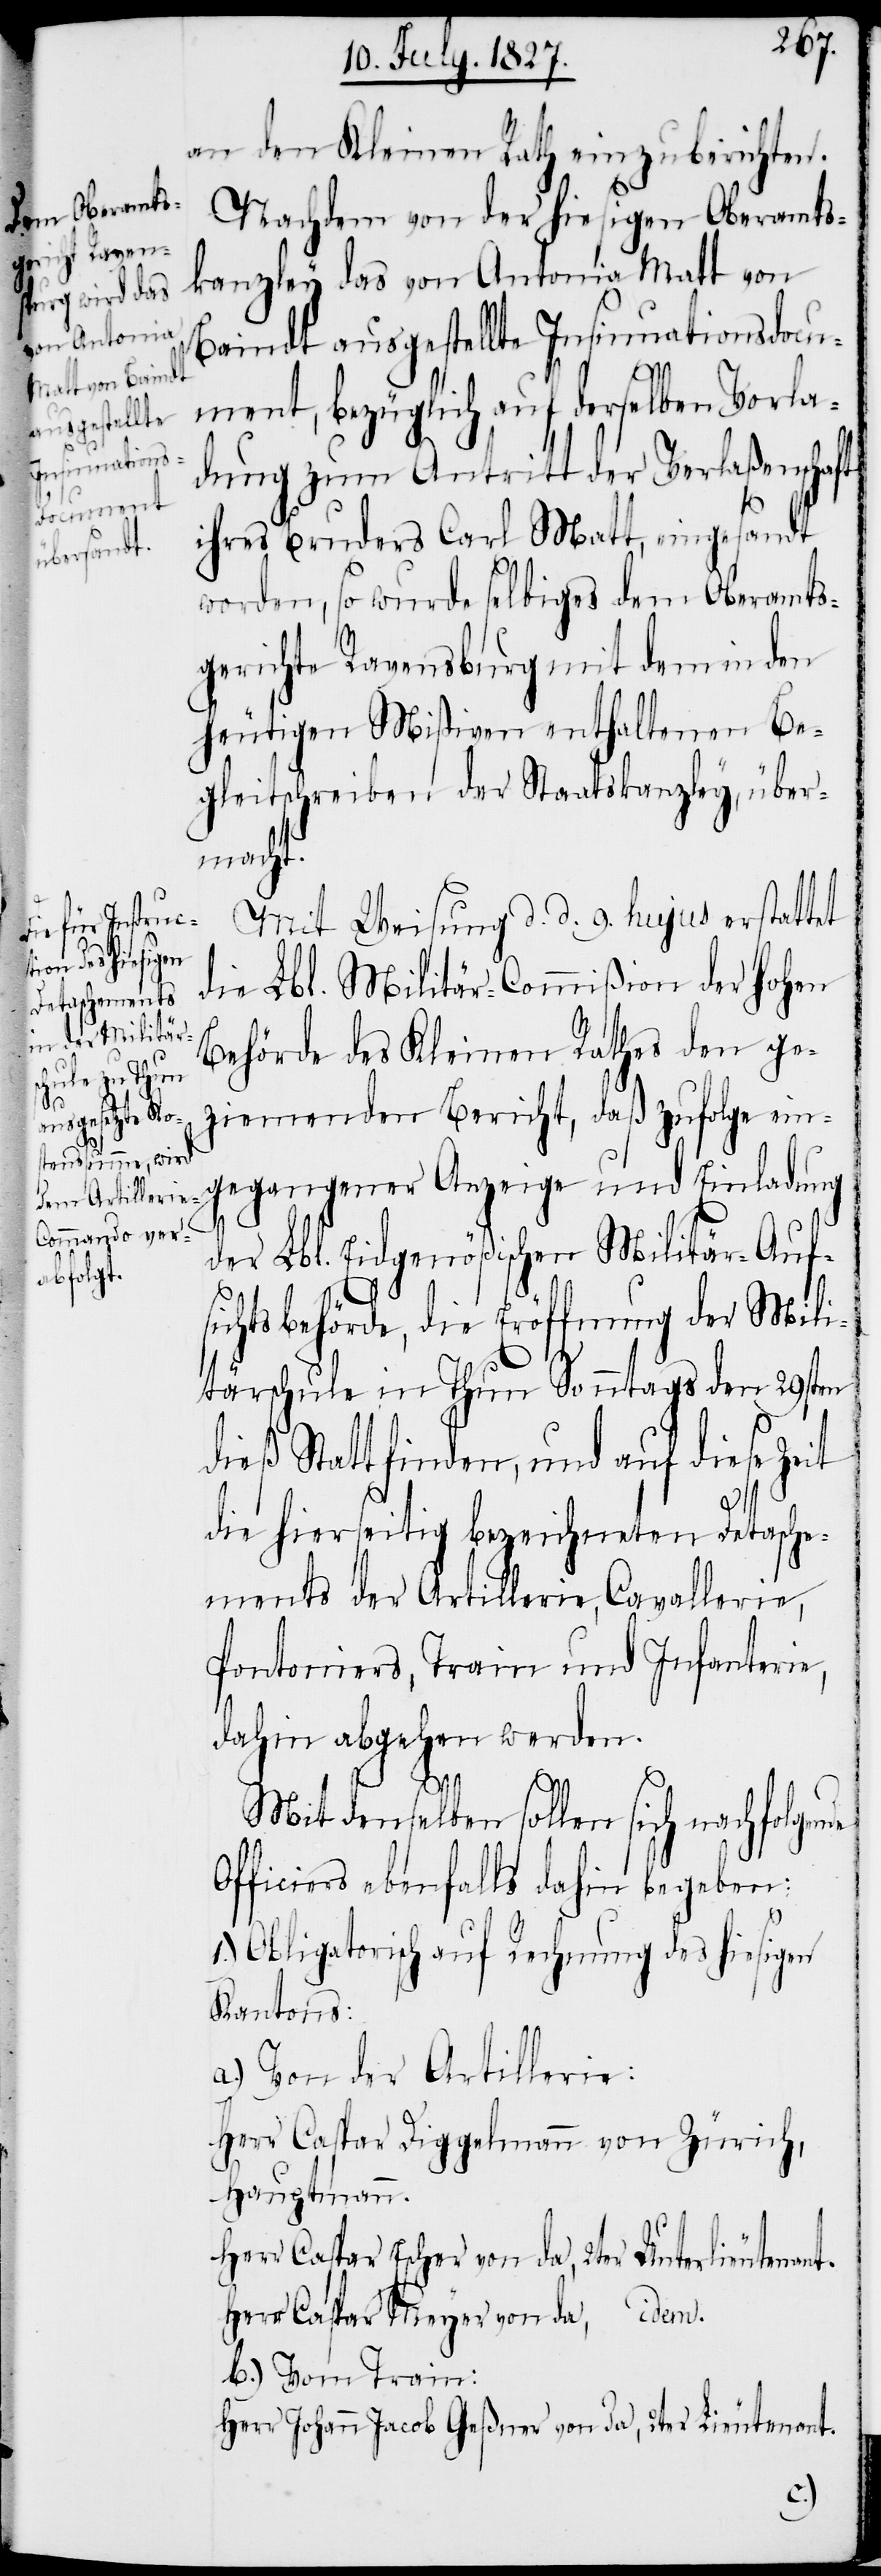
an den Kleinen Rathe einzuberichten.
Nachdem von der hiesigen Oberamts¬
kanzley das von Antonia Matt von
Baindt ausgestellte Insinuationsdocu¬
ment, bezüglich auf derselben Vorla¬
dung zum Antritt der Verlaßenschaft
ihres Bruders Carl Matt, eingesandt
worden, so wurde selbiges dem Oberamts¬
gerichte Ravensburg mit dem in den
heutigen Mißiven enthaltenen Be¬
gleitschreiben der Staatskanzley, über¬
macht.
Mit Weisung d. d. 9. hujus erstattet
die Lbl. Militär-Commißion der Hohen
Behörde des Kleinen Rathes den ge¬
ziemenden Bericht, daß zufolge ein¬
gegangener Anzeige und Einladung
der Lbl. Eidgenößischen Militär-Auf¬
sichtsbehörde, die Eröffnung der Mili¬
tärschule in Thun Sonntags den 29sten
dieß Statt finden, und auf diese Zeit
die hierseitig bezeichneten Detasche¬
ments der Artillerie, Cavallerie,
Pontoniers, Train und Infanterie,
dahin abgehen werden.
Mit derselben sollen sich nachfolgende
Officiers ebenfalls dahin begeben:
1.) Obligatorisch auf Rechnung des hiesigen
Kantons:
a.) Von der Artillerie:
Herr Caspar Diggelmann von Zürich,
Hauptmann.
Herr Caspar Escher von da, 2ter Unterlieutenant.
Herr Caspar Meyer von da, idem.
b.) Vom Train:
Herr Johann Jacob Geßner von da 2ter Lieutenant.